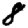
Digit: 8